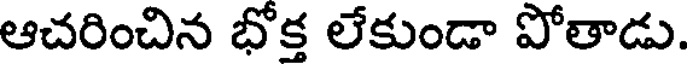
ఆచరించిన భోక్త లేకుండా పోతాడు.